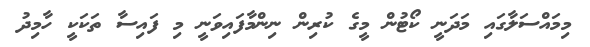
މިމައްސަލާގައި މަދަނީ ކޯޓުން މީގެ ކުރިން ނިންމާފައިވަނީ މި ފައިސާ ތަކަކީ ހާމިދު